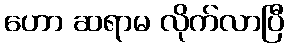
ဟော ဆရာမ လိုက်လာပြီ